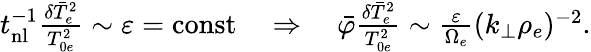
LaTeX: \begin{array}{r}{t_{\mathrm{nl}}^{-1}\frac{\delta\bar{T}_{e}^{2}}{T_{0e}^{2}}\sim\varepsilon=\mathrm{const}\quad\Rightarrow\quad\bar{\varphi}\frac{\delta\bar{T}_{e}^{2}}{T_{0e}^{2}}\sim\frac{\varepsilon}{\Omega_{e}}(k_{\perp}\rho_{e})^{-2}.}\end{array}